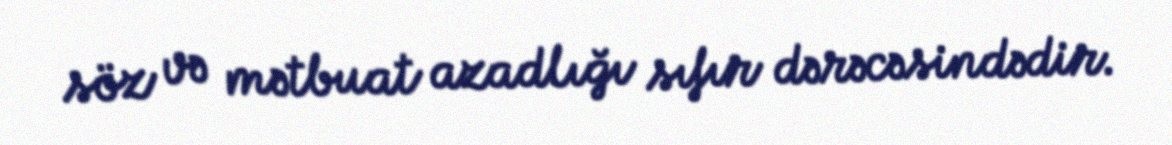
söz və mətbuat azadlığı sıfır dərəcəsindədir.